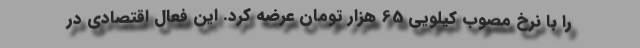
را با نرخ مصوب کیلویی 65 هزار تومان عرضه کرد. این فعال اقتصادی در